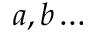
a , b \dots